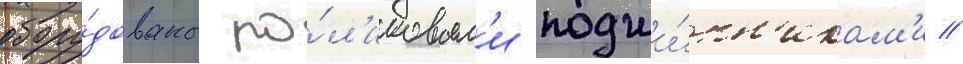
обору́дованы ро́л'иковым'и подши́пн'икам'и //